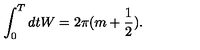
\int _ { 0 } ^ { T } d t W = 2 \pi ( m + \frac { 1 } { 2 } ) .